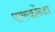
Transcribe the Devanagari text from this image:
पाणकोंबडा